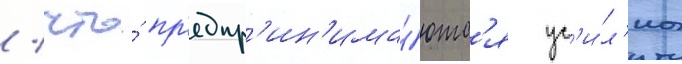
/ что́ пр'едпр'ин'има́ютс'я ус'и́л'иа